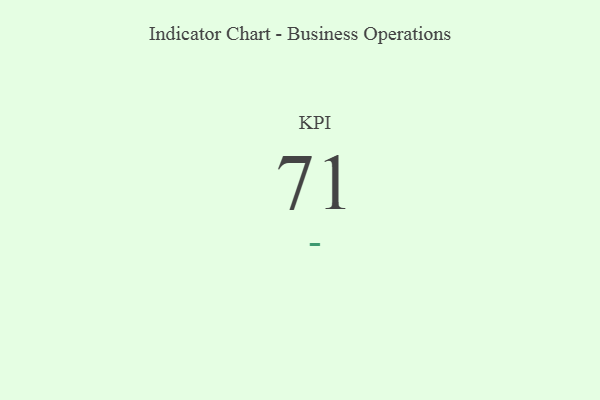
{"axis": {"x": "KPI", "y": "Value"}, "legend": [""], "data": [{"x": "KPI", "y": 71, "type": ""}]}